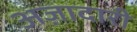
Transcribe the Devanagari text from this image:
अज़ादारी